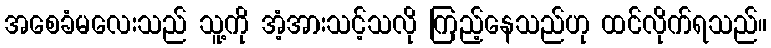
အစေခံမလေးသည် သူ့ကို အံ့အားသင့်သလို ကြည့်နေသည်ဟု ထင်လိုက်ရသည်။